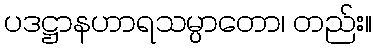
ပဒဋ္ဌာနဟာရသမ္ပာတော၊ တည်း။